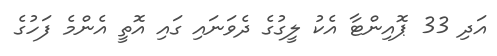
އަދި 33 ޕޮއިންޓާ އެކު ލީގުގެ ދެވަނައި ގައި އޮތީ އެންމެ ފަހުގެ